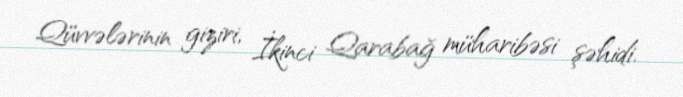
Qüvvələrinin giziri, İkinci Qarabağ müharibəsi şəhidi.